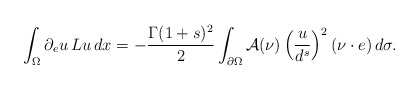
\begin{align*}\int_\Omega \partial_eu\,Lu\,dx=-\frac{\Gamma(1+s)^2}{2}\int_{\partial\Omega}\mathcal A(\nu)\left(\frac{u}{d^{s}}\right)^2(\nu\cdot e)\,d\sigma.\end{align*}